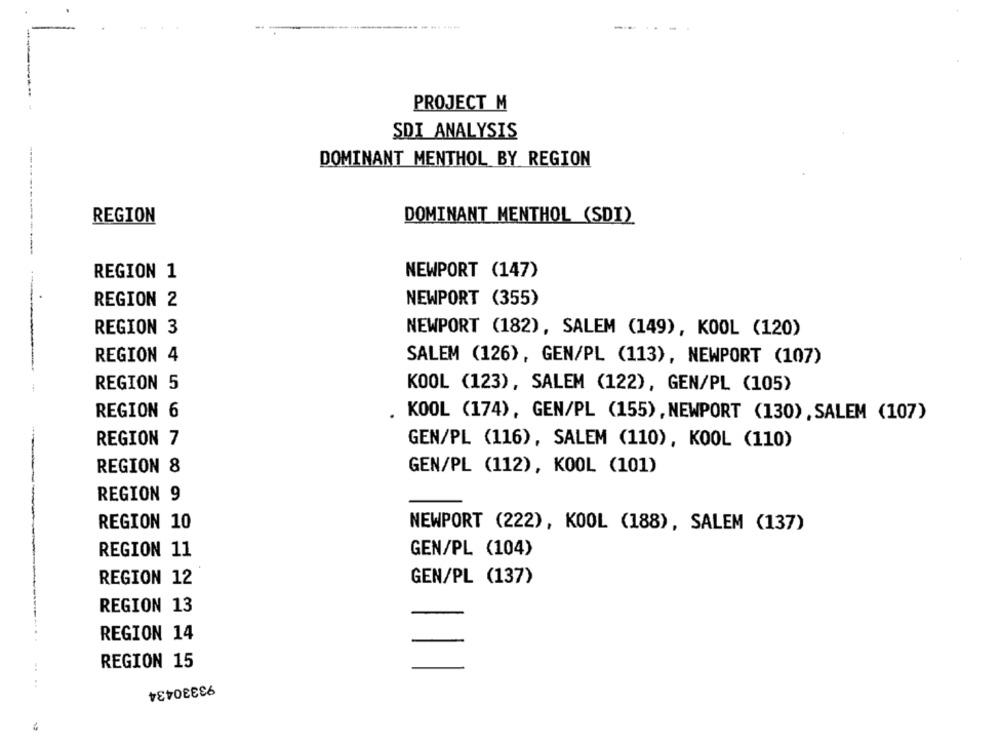
--
PROJECT M
SDI ANALYSIS
DOMINANT MENTHOL BY REGION
REGION
DOMINANT MENTHOL (SDI)
NEWPORT (147)
REGION 1
REGION 2
NEWPORT (355)
REGION 3
NEWPORT (182), SALEM (149), KOOL (120)
REGION 4
SALEM (126), GEN/PL (113), NEWPORT (107)
REGION 5
KOOL (123), SALEM (122), GEN/PL (105)
REGION 6
KOOL (174), GEN/PL (155), NEWPORT (130), SALEM (107)
REGION 7
GEN/PL (116), SALEM (110), KOOL (110)
REGION 8
GEN/PL (112), KOOL (101)
REGION 9
REGION 10
NEWPORT (222), KOOL (188), SALEM (137)
REGION 11
GEN/PL (104)
REGION 12
GEN/PL (137)
REGION 13
REGION 14
REGION 15
93330434